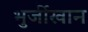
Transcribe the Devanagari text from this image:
भुर्जीखान